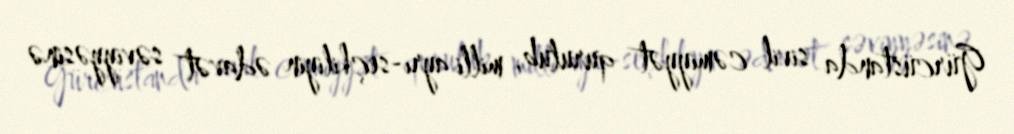
Gürcüstanda sivil cəmiyyət qurulub, milli ayrı-seçkiliyin ədavət səviyyəsinə